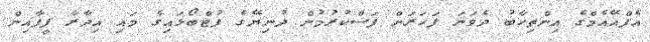
އެފްއޭއެމްގެ އިންތިހާބު ދެވަނަ ފަހަރަށް ފަސްކުރުމުން ދުނިޔޭގެ ފުޓްބޯޅައިގެ މައި އިދާރާ ފީފާއިން